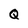
Character: Q